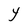
Character: Y